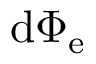
\mathrm { d } \Phi _ { \mathrm { e } }